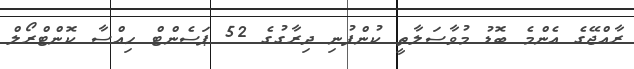
ރާއްޖޭގެ އެންމެ ބޮޑު މުވާސަލާތީ ކުންފުނި ދިރާގުގެ 52 ޕަސެންޓް ހިއްސާ ކޮންޓްރޯލް